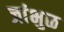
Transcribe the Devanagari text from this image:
जांभुळ